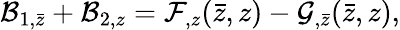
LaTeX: {\cal B}_{1,\bar{z}}+{\cal B}_{2,z}={\cal F}_{,z}(\bar{z},z)-{\cal G}_{,\bar{z}}(\bar{z},z),